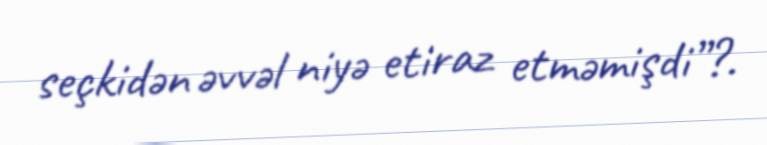
seçkidən əvvəl niyə etiraz etməmişdi”?.